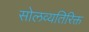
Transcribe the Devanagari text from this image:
सोलव्यतिरिक्त